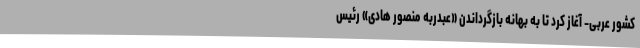
کشور عربی- آغاز کرد تا به بهانه بازگرداندن «عبدربه منصور هادی» رئیس